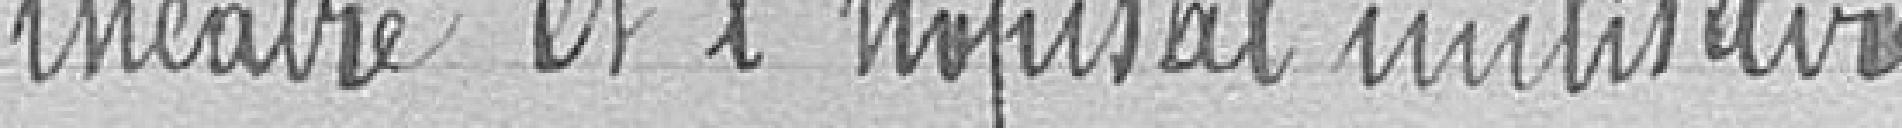
théâtre et l'hôpital militaire